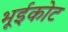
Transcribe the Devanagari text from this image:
भूईकोट